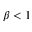
\beta < 1